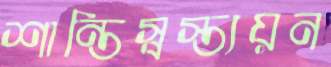
শান্তিস্বস্ত্যয়ন